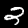
Label: 2